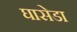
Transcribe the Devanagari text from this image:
घासेडा